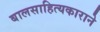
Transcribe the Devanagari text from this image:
बालसाहित्यकाराने